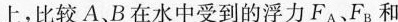
上，比较A、B在水中受到的浮力F_{A}、F_{B}和